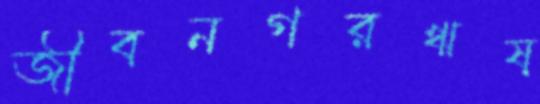
জীবনগরঋষ